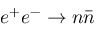
e ^ { + } e ^ { - } \to n \bar { n }